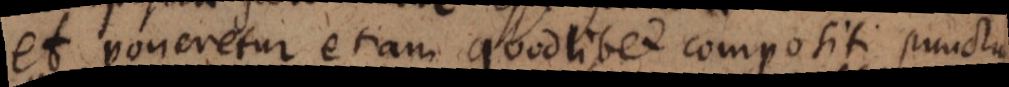
et poneretur etiam quodlibet compositi punctum